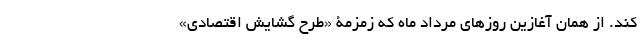
کند. از همان آغازین روزهای مرداد ماه که زمزمۀ «طرح گشایش اقتصادی»